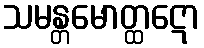
သမန္တမောတ္ထဋော